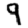
Digit: 9